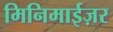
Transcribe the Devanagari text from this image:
मिनिमाईज़र